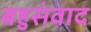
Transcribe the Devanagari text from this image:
बहुसंवाद